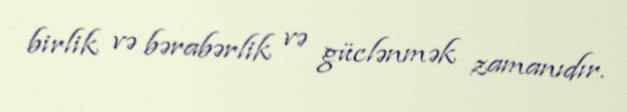
birlik və bərabərlik və güclənmək zamanıdır.